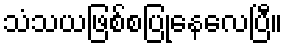
သံသယဖြစ်စပြုနေလေပြီ။